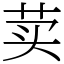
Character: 荬